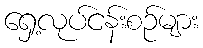
ရှေ့လုပ်ငန်းစဉ်များ